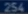
2s